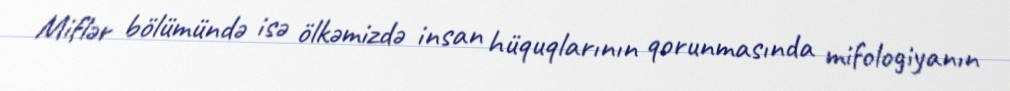
Miflər bölümündə isə ölkəmizdə insan hüquqlarının qorunmasında mifologiyanın